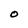
Character: O